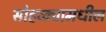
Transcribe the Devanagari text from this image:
सोहळ्यामधील